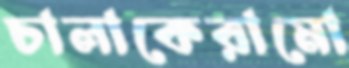
চালাকেরামো